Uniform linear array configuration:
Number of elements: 24
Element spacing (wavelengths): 0.5
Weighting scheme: exponential
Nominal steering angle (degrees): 15
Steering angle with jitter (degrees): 16.553
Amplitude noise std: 0.05
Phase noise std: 0.05

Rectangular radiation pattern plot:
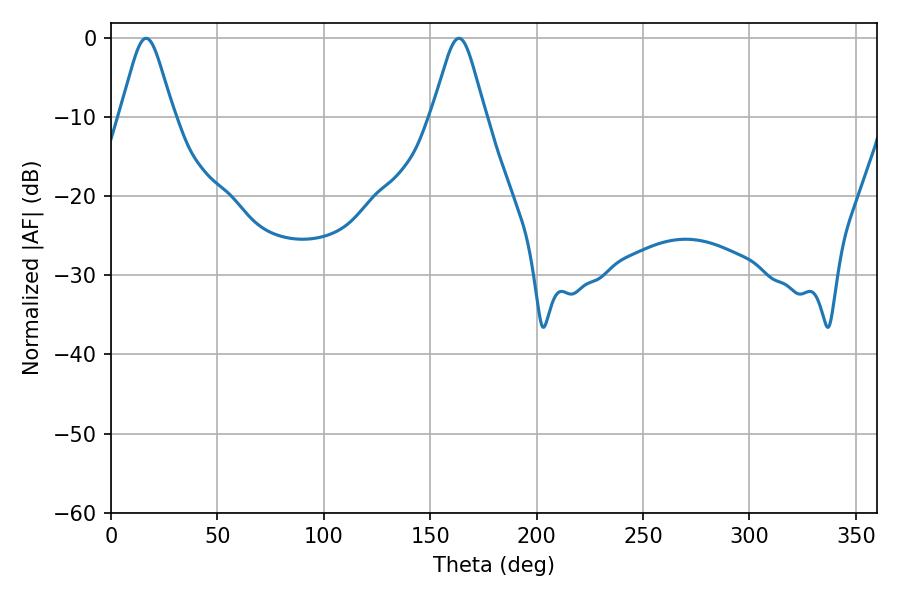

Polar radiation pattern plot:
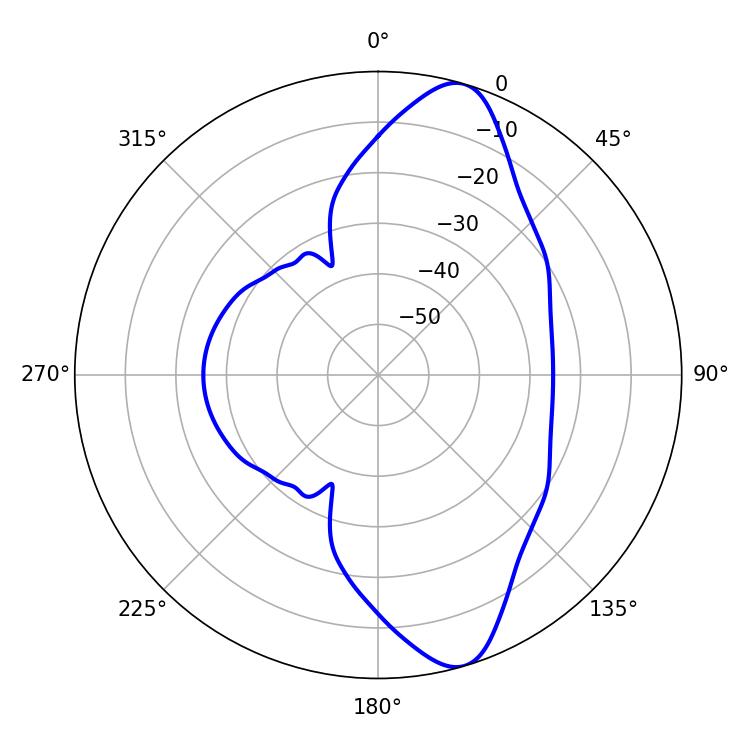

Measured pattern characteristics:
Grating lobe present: FALSE
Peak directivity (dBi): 11.109
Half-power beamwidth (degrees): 12.06
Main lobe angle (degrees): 16.56